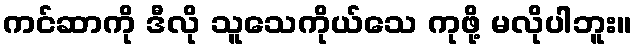
ကင်ဆာကို ဒီလို သူသေကိုယ်သေ ကုဖို့ မလိုပါဘူး။